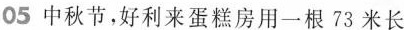
05中秋节，好利来蛋糕房用一根73米长